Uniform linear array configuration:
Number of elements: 64
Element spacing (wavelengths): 0.25
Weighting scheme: cosine
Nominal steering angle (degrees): -15
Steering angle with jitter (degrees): -13.835
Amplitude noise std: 0.05
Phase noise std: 0.05

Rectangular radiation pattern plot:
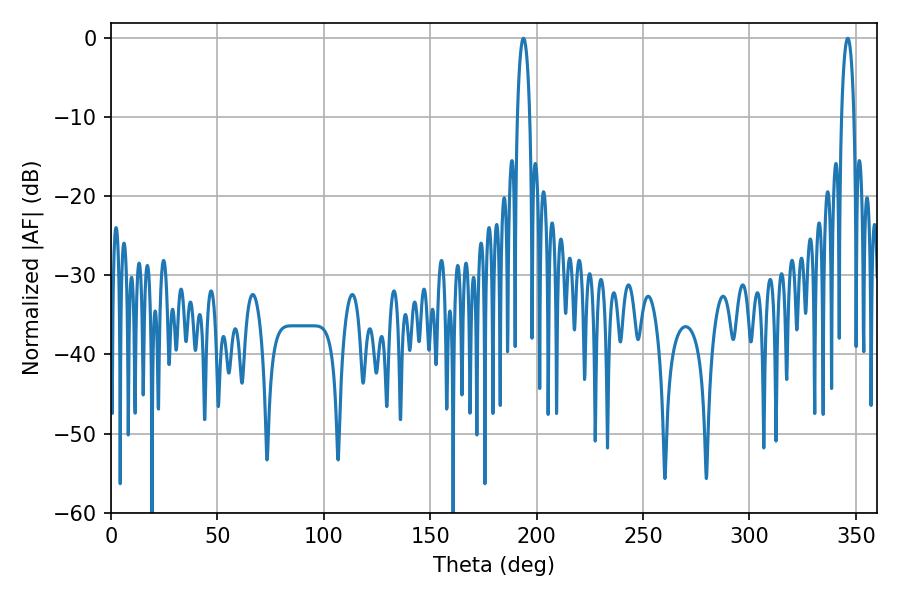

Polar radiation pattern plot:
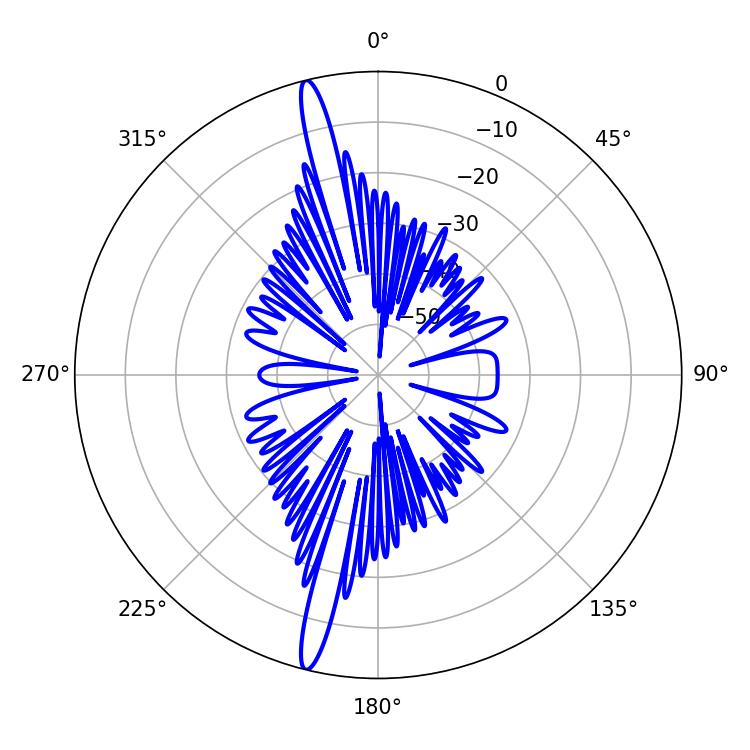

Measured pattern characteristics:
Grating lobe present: FALSE
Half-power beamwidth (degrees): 3.24
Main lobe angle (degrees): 193.86